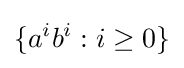
\{a^{i}b^{i}:i\geq 0\}